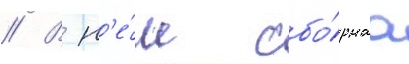
// В н'е́м сбо́рнаа